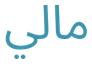
مالي